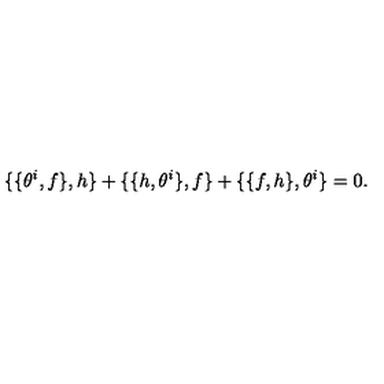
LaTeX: \{ \{ \theta ^ { i } , f \} , h \} + \{ \{ h , \theta ^ { i } \} , f \} + \{ \{ f , h \} , \theta ^ { i } \} = 0 .